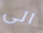
الى